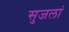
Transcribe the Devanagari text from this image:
सुजलां